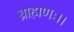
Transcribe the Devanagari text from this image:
ब्राह्मणः।।